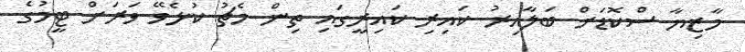
މާޒިޔާ ސްކޮޑަށް ބަލާއިރު ކައިރި ކައިރީގައި ތިން މެޗު ކުޅެވޭ ވަރަށް ޓީމުގެ